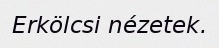
Erkölcsi nézetek.